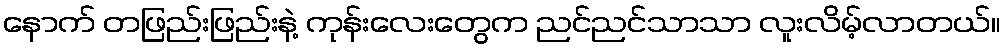
နောက် တဖြည်းဖြည်းနဲ့ ကုန်းလေးတွေက ညင်ညင်သာသာ လူးလိမ့်လာတယ်။